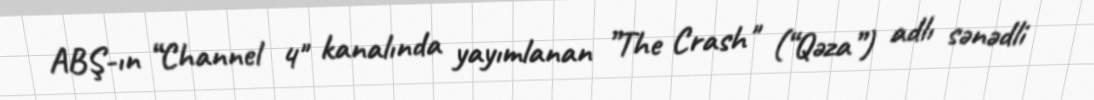
ABŞ-ın “Channel 4" kanalında yayımlanan ”The Crash" (“Qəza”) adlı sənədli